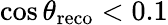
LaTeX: \cos\theta_{\mathrm{reco}}<0.1